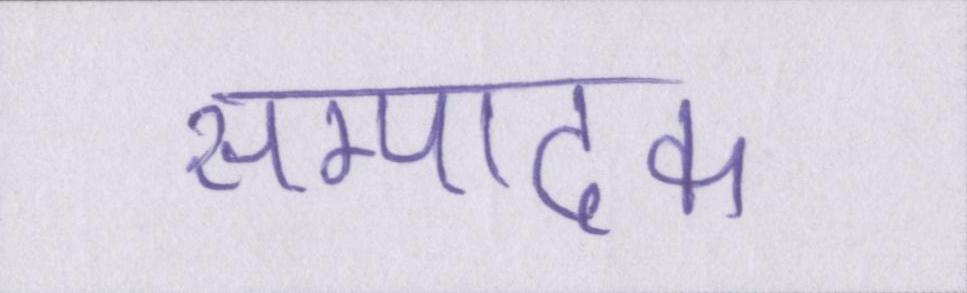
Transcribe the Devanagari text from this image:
सम्पादक